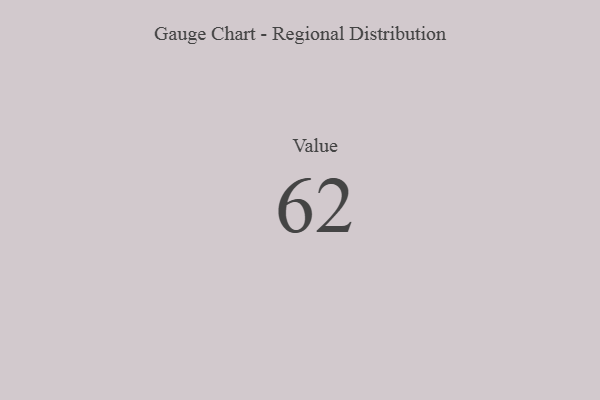
{"axis": {"x": "Metric", "y": "Value"}, "legend": [""], "data": [{"x": "Value", "y": 62, "type": ""}]}